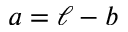
a = \ell - b